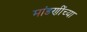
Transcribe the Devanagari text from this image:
मांडणींच्या